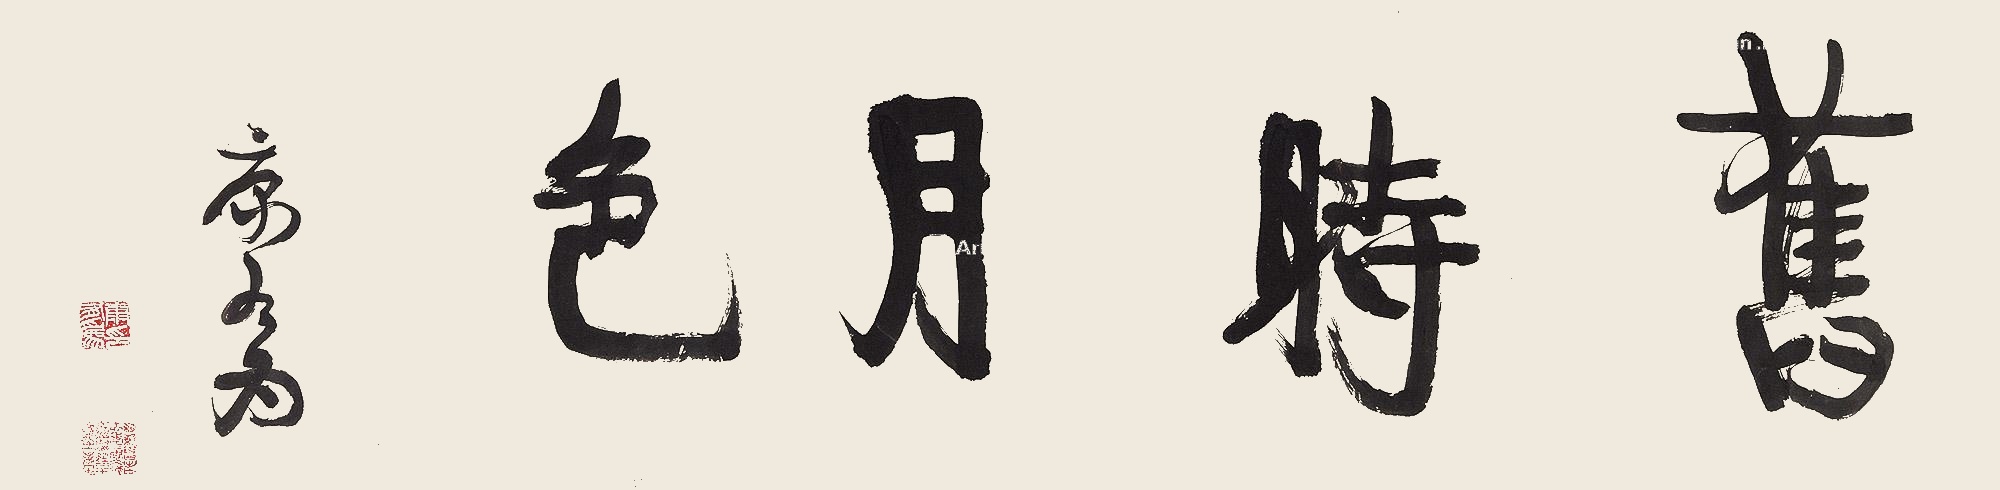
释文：旧时月色。康有为。